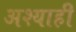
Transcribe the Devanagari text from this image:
अश्याही